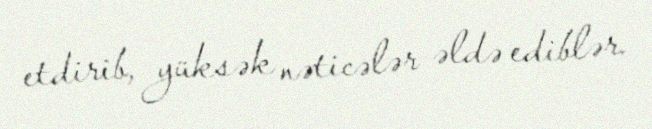
etdirib, yüksək nəticələr əldə ediblər.